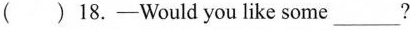
( ) 18.-Would you like some___?